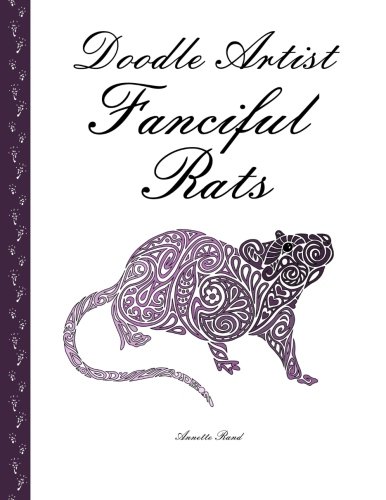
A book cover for Doodle Artist - Fanciful Rats: A colouring book for grown ups; Annette Rand; Crafts, Hobbies & Home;